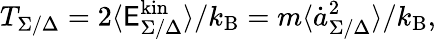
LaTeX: T_{\Sigma/\Delta}=2\langle\mathsf{E}_{\Sigma/\Delta}^{\mathrm{{kin}}}\rangle/k_{\mathrm{{B}}}=m\langle\dot{{a}}_{\Sigma/\Delta}^{2}\rangle/k_{\mathrm{{B}}},